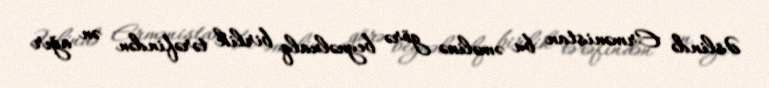
Əslində Ermənistan bu əməlinə görə beynəlxalq birlik tərəfindən ən ağır